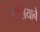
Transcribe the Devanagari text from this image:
एशियाने